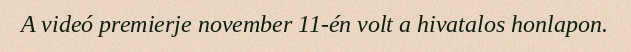
A videó premierje november 11-én volt a hivatalos honlapon.